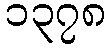
၁၃၇၈